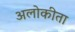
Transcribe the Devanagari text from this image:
अलोकीता